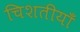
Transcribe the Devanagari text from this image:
चिशतीयाँ